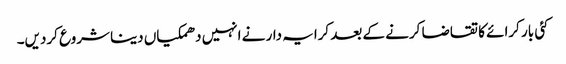
کئی بار کرائے کا تقاضا کرنے کے بعد کرایہ دار نے انہیں دھمکیاں دینا شروع کردیں۔